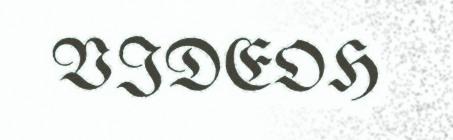
VIDEOH